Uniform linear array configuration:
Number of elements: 8
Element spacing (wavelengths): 1
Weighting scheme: kaiser
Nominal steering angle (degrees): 30
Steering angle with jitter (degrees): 29.972
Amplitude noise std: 0.05
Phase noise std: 0.05

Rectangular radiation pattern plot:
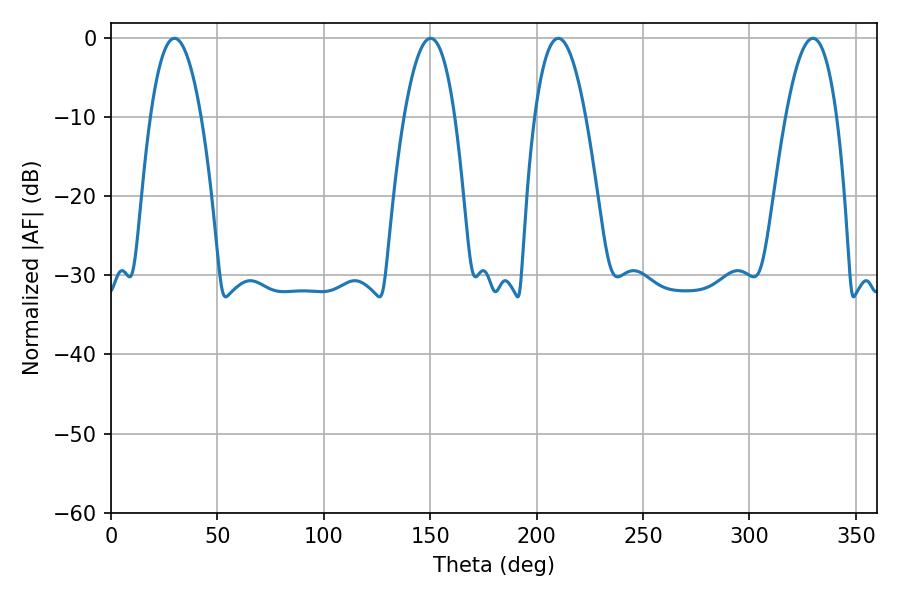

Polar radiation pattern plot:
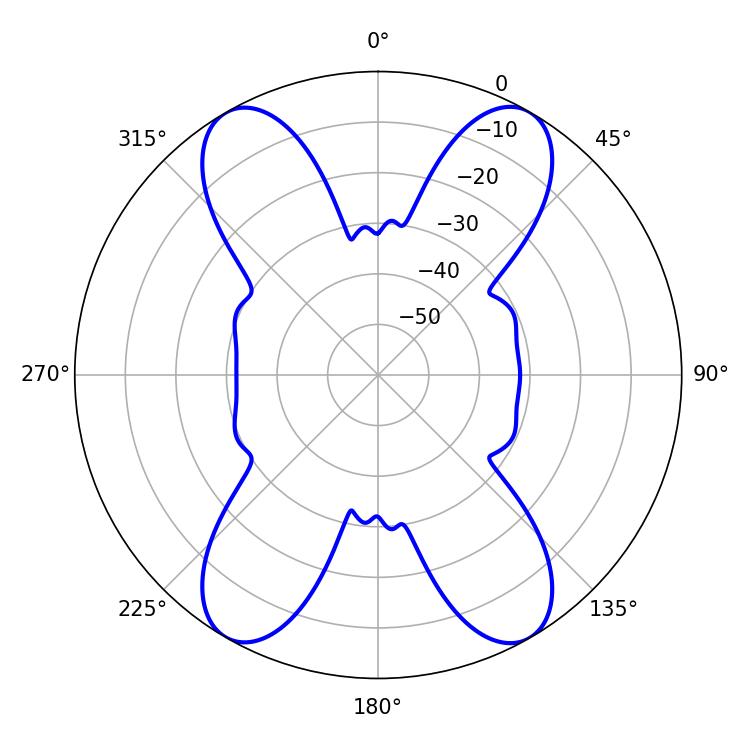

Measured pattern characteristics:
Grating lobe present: TRUE
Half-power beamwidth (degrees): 13.14
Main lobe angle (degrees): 29.88